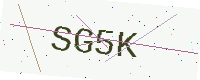
Text: SG5K